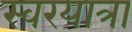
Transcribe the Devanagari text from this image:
स्वरयात्रा